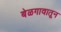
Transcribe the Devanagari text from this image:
बेळगावातून